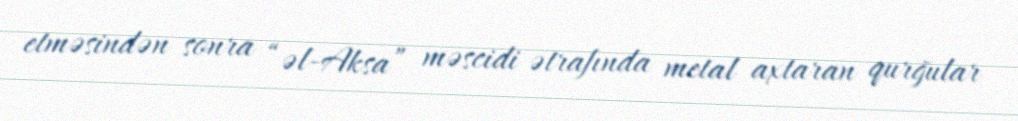
etməsindən sonra “əl-Aksa” məscidi ətrafında metal axtaran qurğular